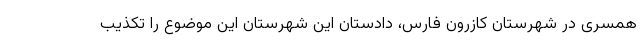
همسری در شهرستان کازرون فارس، دادستان این شهرستان این موضوع را تکذیب